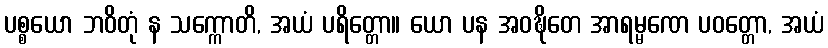
ပစ္စယော ဘဝိတုံ န သက္ကောတိ, အယံ ပရိတ္တော။ ယော ပန အဝဍ္ဎိတေ အာရမ္မဏေ ပဝတ္တော, အယံ